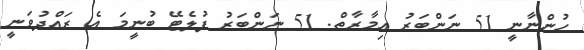
ހުންނާނީ 51 ނަންބަރު ޢިމާރާތް. 51 ނަންބަރު ފުލެޓޭ ބުނީމަ އެ ރައްދުވަނީ